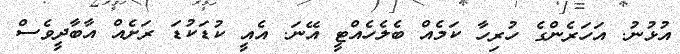
އުޅުނު. އަހަރެންގެ ހުރިހާ ކަމެއް ބެލެހެއްޓީ އޭނަ. އެއީ ކުޑަކުޑަ ރަށެއް އާބާދީވެސް